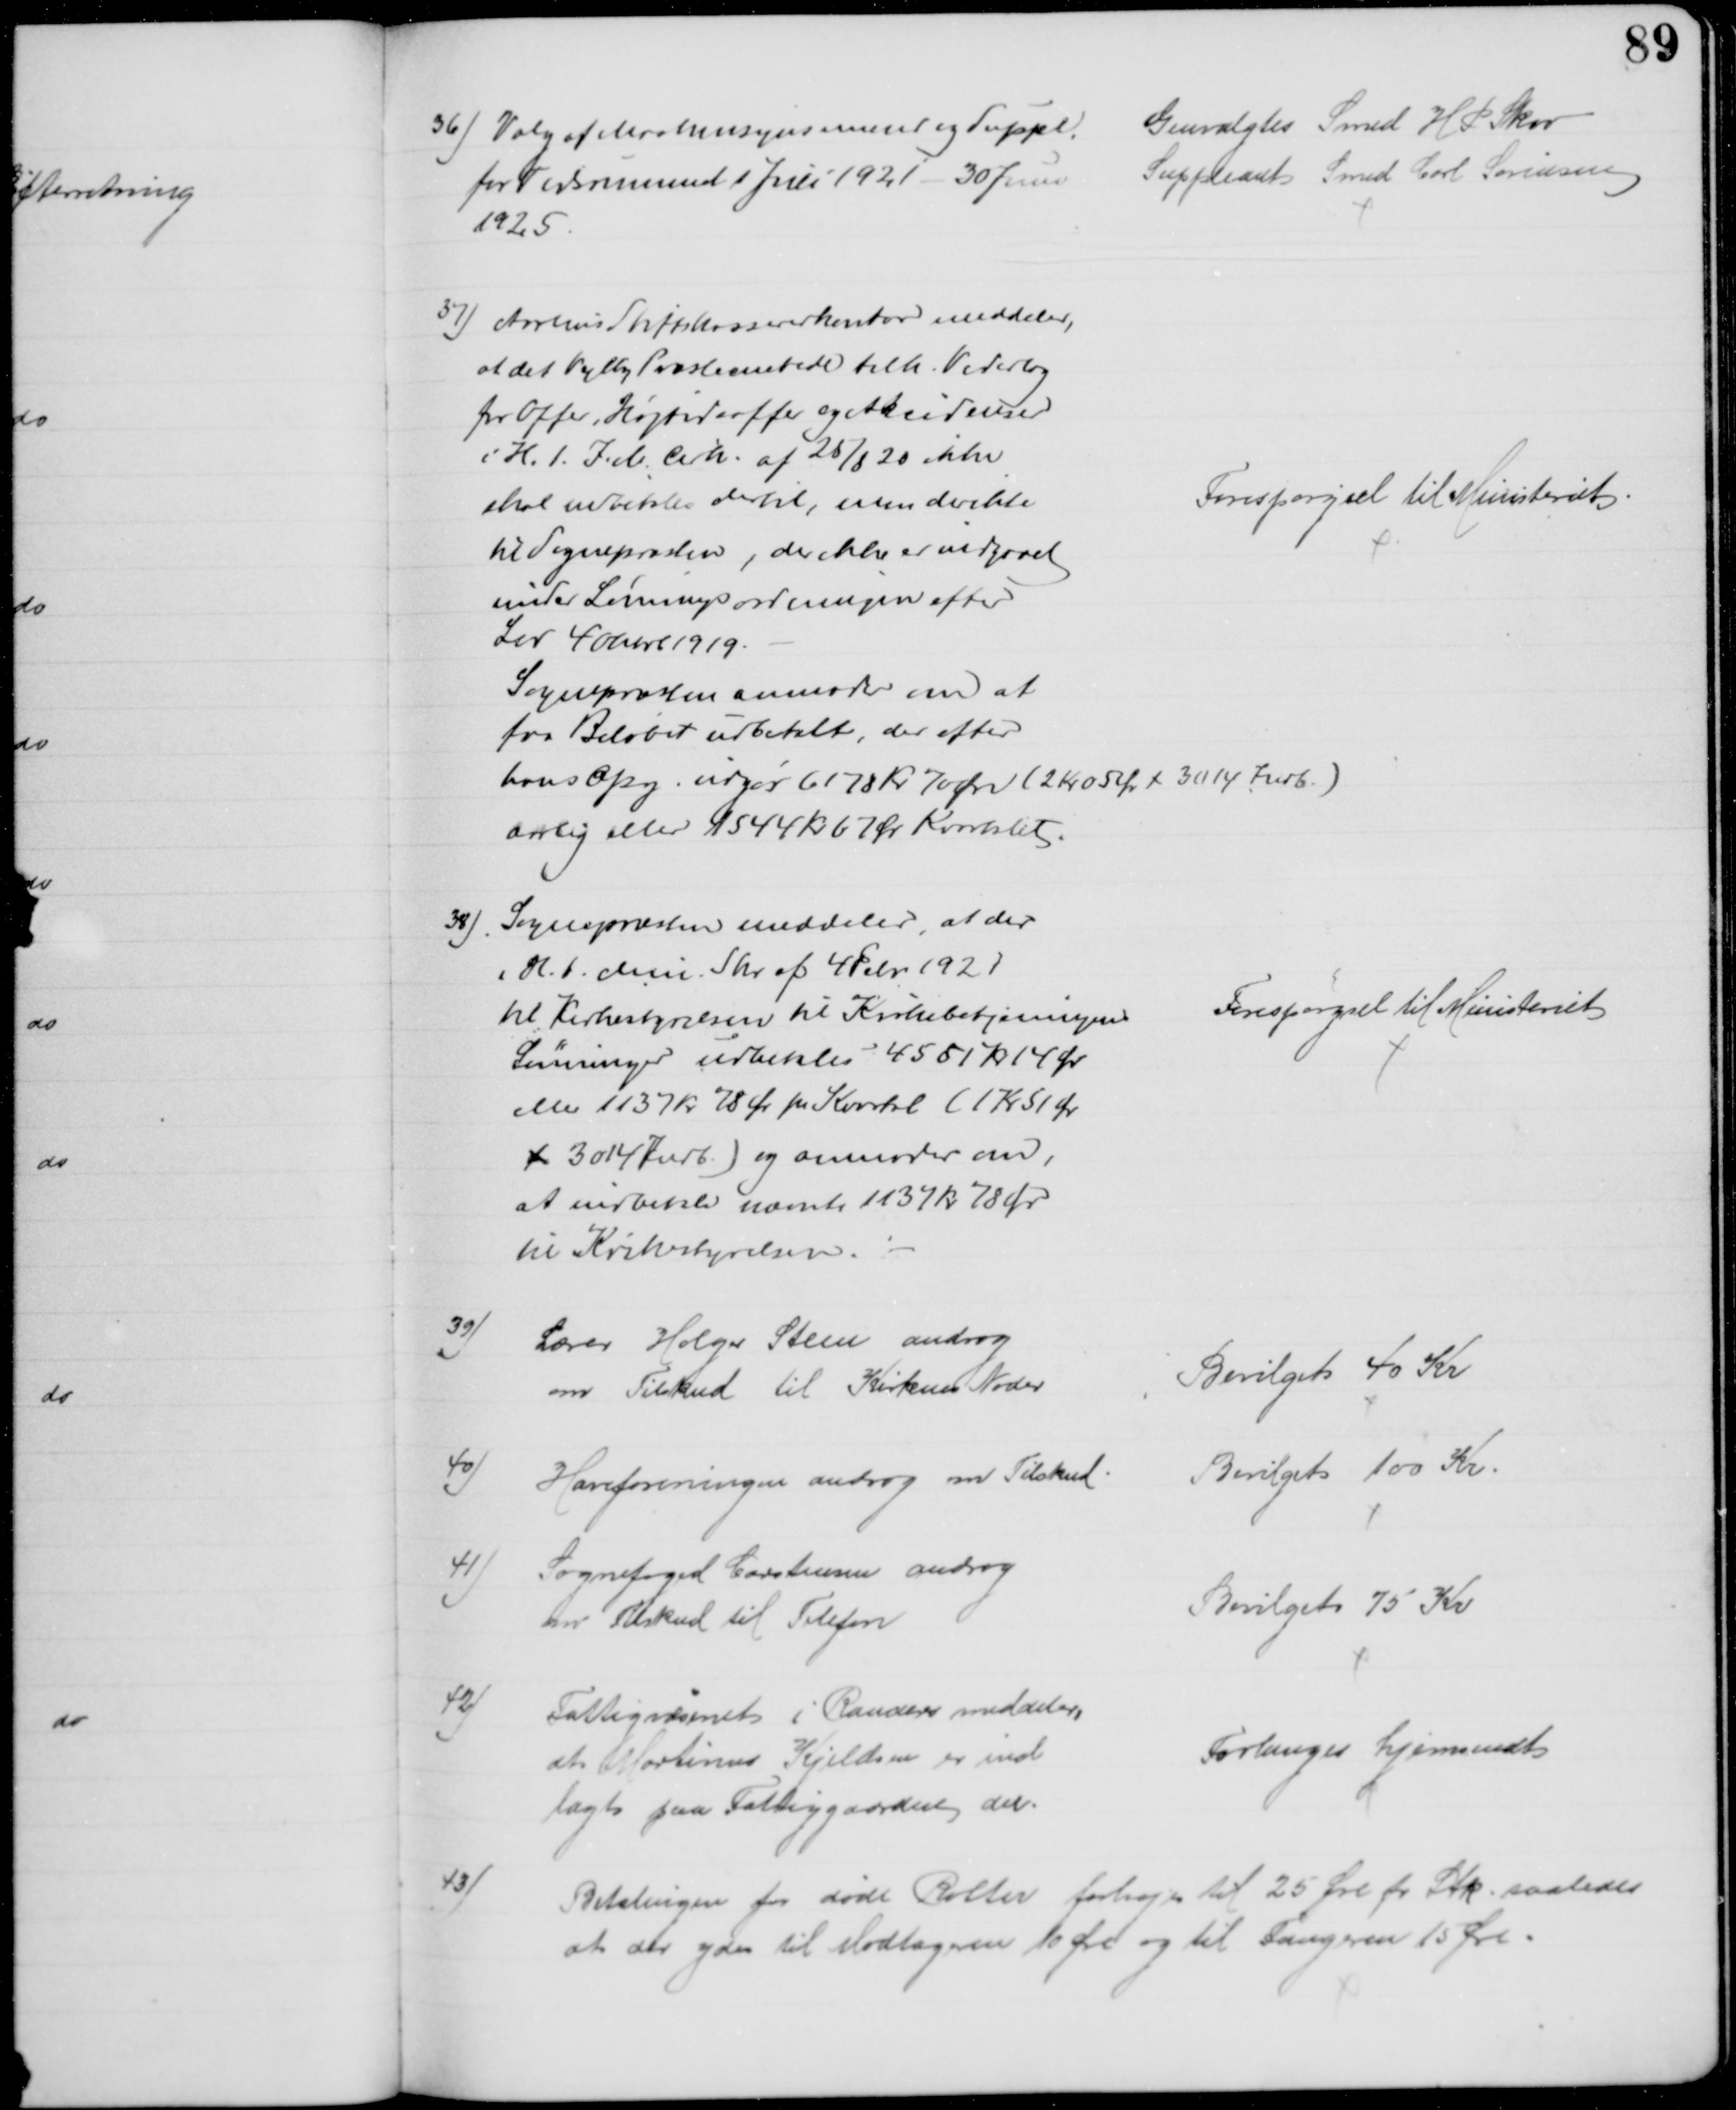
Transskription:
36) Valg af Maskinsynsmænd og Suppl.
for Tidsrummet 1 Juli 1921 - 30 Juni
1925.
Genvalgtes Smed H P Skov
Suppleant Smed Carl Sørensen
37) Aarhus Stiftskassererkontor meddeler,
at det Vejlby Præstembede tilh. Vederlag
for Offer, Højtidsoffer og Akcidenser
i H. t. I. M. Cirk. af 25/8 20 ikke
skal udbetales dertil, men direkte
til Sognepræsten, der ikke er indgaaet
under Lønningsordningen efter
Lov 4 Oktb 1919.
Sognepræsten anmoder om at
faa Beløbet udbetalt, der efter
hans Opg. udgør 6178 Kr 70 Øre (2 Kr. 05 Øre x 3014 Indb.)
aarlig eller 1544 Kr 67 Ør Kvartalet.
Forespørgsel til Ministeriet
38)
Sognepræsten meddeler, at der
i H. t. Min. Skr. af 4 Febr 1921
til Kirkestyrelsen til Kirkebetjeningens
Lønninger udbetales 4551 Kr 14 Ør
eller 1137 Kr 78 Ør pr Kvartal (1 Kr 51 Øre
x 3014 Indb.) og anmoder om,
at indbetale nævnte 1137 kr 78 Ør
til Kirkestyrelsen.
Forespørgsel til Ministeriet
39)
Lærer Holger Steen androg
om Tilskud til Kirkens Noder
Bevilget 40 Kr
40)
Haveforeningen androg om Tilskud
Bevilget 100 Kr
41)
Sognefoged Carstensen androg
om Tilskud til Telefon
Bevilget 75 Kr
42)
Fattigvæsenet i Randers meddeler,
at Martinus Kjeldsen er ind
lagt paa Fattiggaarden der.
Forlanges hjemsendt
43)
Betalingen for døde Rotter forhøjes til 25 Øre pr Stk. saaledes
at der ydes til Modtageren 10 Øre og til Fangeren 15 Øre.